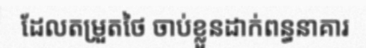
ដែលតម្រួតថៃ ចាប់ខ្លួនដាក់ពន្ធនាគារ